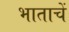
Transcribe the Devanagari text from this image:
भाताचें